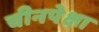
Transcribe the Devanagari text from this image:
चीनपेक्षा